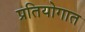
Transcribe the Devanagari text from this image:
प्रतियोगात